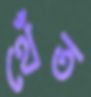
থেঁত